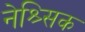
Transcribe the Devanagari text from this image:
नेश्र्सिक